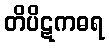
တိပိဋကဓရ